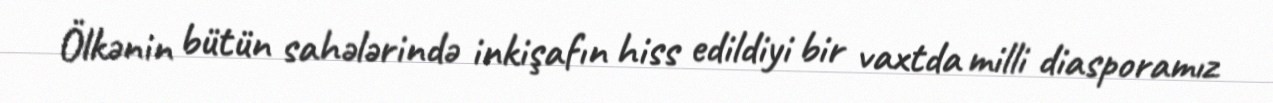
Ölkənin bütün sahələrində inkişafın hiss edildiyi bir vaxtda milli diasporamız